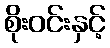
စိုးဝင်းနှင့်